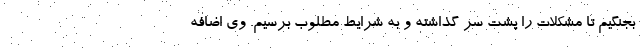
بجنگیم تا مشکلات را پشت سر گذاشته و به شرایط مطلوب برسیم. وی اضافه